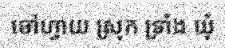
ចៅហ្វាយ ស្រុក ទ្រាំង ឃុំ